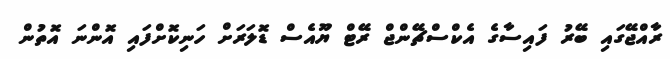
ރާއްޖޭގައި ބޭރު ފައިސާގެ އެކްސްޗޭންޖް ރޭޓް ޔޫއެސް ޑޮލަރަށް ހަނިކޮށްފައި އޮންނަ އޮތުން